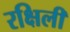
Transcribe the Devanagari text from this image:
रक्षिली